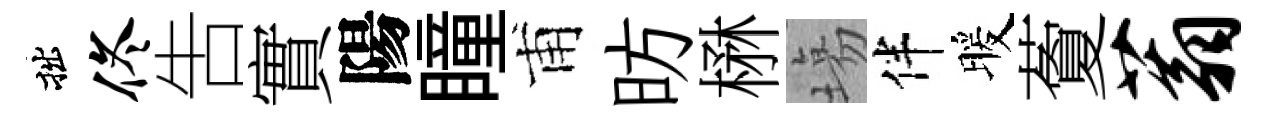
拙佟吿實陽瞳甫昉楙塲伴暖藑蓊